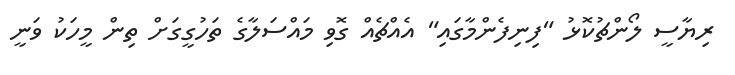
ރިޔާސީ ލޯންޗުކޮޅު "ފިނިފެންމާގައި" އެއްޗެއް ގޮވި މައްސަލާގެ ތަހުގީގަށް ތިން މީހަކު ވަނީ